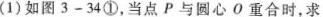
(1)如图3-34①，当点P与圆心O重合时，求